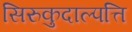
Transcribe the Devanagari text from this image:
सिरुकुदाल्पत्ति